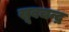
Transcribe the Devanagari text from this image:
खूबचन्द्र